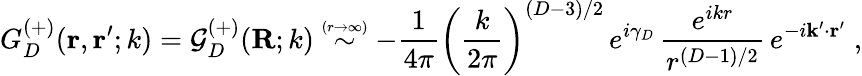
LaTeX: G_{{D}}^{(+)}({\mathbf r},{\mathbf r}^{\prime};k)={\mathcal G}_{{D}}^{(+)}({\mathbf R};k)\stackrel{\scriptscriptstyle(r\rightarrow\infty)}{\sim}-\frac{1}{4\pi}\left(\frac{k}{2\pi}\right)^{({D}-3)/2}\, e^{i\gamma_{{D}}}\, \frac{e^{ikr}}{r^{({D}-1)/2}}\, e^{-i{\mathbf k}^{\prime}\cdot{\mathbf r}^{\prime}}\; ,